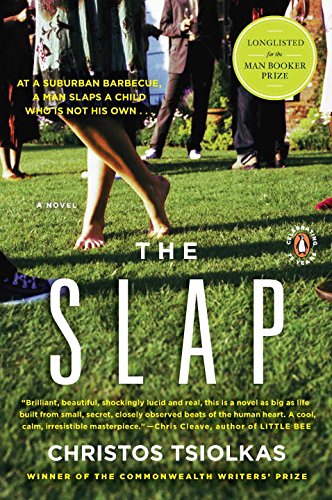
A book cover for The Slap: A Novel; Christos Tsiolkas; Literature & Fiction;